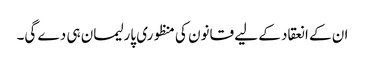
ان کے انعقاد کے لیے قانون کی منظوری پارلیمان ہی دے گی۔